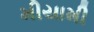
મીયામી